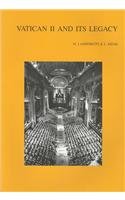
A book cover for Vatican II and its Legacy (Bibliotheca Ephemeridum Theologicarum Lovaniensium); L Kenis; Christian Books & Bibles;